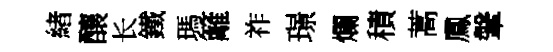
緖釀长鐵瑪籬祚璟爛積蒿鳳鞶